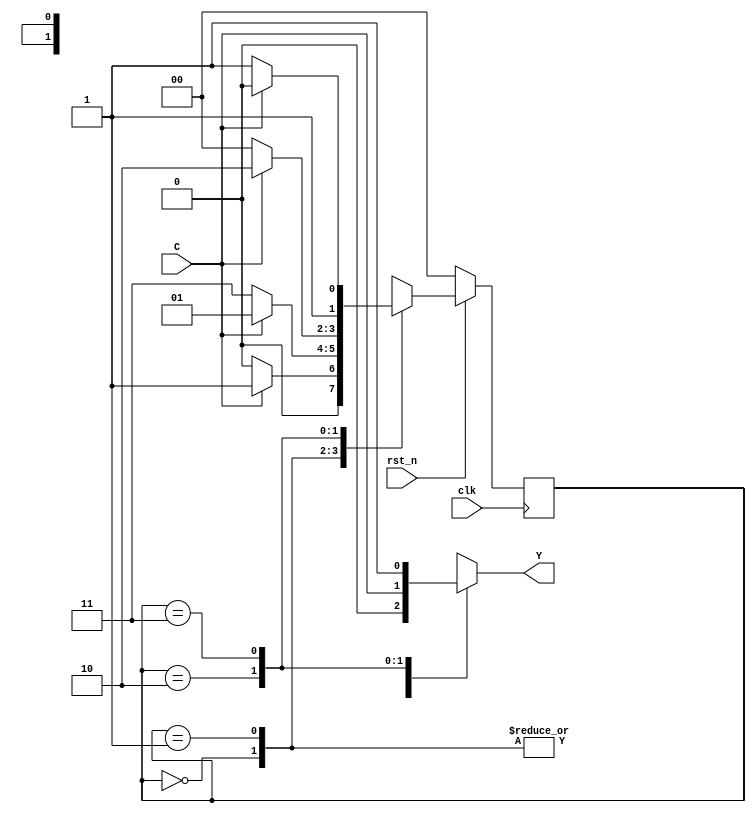
`timescale 1ns / 1ns

module seq_circuit (
    input C,
    input clk,
    input rst_n,

    output wire Y
);
    reg Y_reg;
    parameter S0 = 2'd0;
    parameter S1 = 2'd1;
    parameter S2 = 2'd2;
    parameter S3 = 2'd3;
    reg [1:0] state, next_state;
    always @(posedge clk) begin
        if (!rst_n) begin
            state <= S0;
        end else state <= next_state;
    end

    always @(*) begin
        case (state)
            S0: begin
                Y_reg = 0;
                next_state = (C) ? S1 : S0;
            end
            S1: begin
                Y_reg = 0;
                next_state = (C) ? S1 : S3;
            end
            S2: begin
                Y_reg = C;
                next_state = (C) ? S2 : S0;
            end
            S3: begin
                Y_reg = 1;
                next_state = (C) ? S2 : S3;
            end
            default: begin
                Y_reg = 0;
                next_state = S0;
            end
        endcase
    end
    assign Y = Y_reg;

endmodule